Lunatic asylums Burma 1907-21 - 1907-1921
Year: 1907
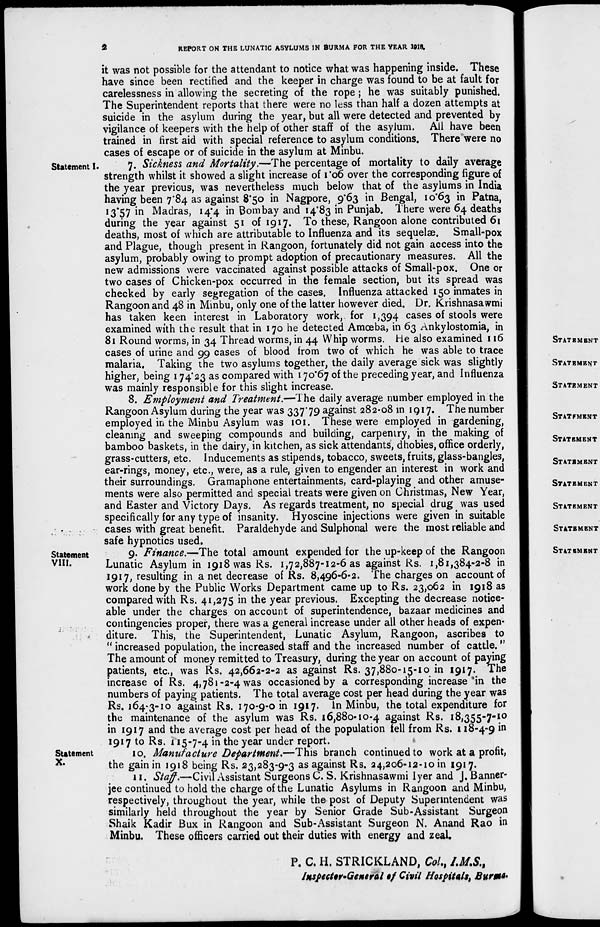
2
REPORT ON THE LUNATIC ASYLUMS IN BURMA FOR THE YEAR 1918.
it was not possible for the attendant to notice what was happening inside. These
have since been rectified and the keeper in charge was found to be at fault for
carelessness in allowing the secreting of the rope ; he was suitably punished.
The Superintendent reports that there were no less than half a dozen attempts at
suicide in the asylum during the year, but all were detected and prevented by
vigilance of keepers with the help of other staff of the asylum. All have been
trained in first aid with special reference to asylum conditions. There were no
cases of escape or of suicide in the asylum at Minbu.
Statement I.
7. Sickness and Mortality.—The percentage of mortality to daily average
strength whilst it showed a slight increase of 1.06 over the corresponding figure of
the year previous, was nevertheless much below that of the asylums in India
having been 7.84 as against 8.50 in Nagpore, 9.63 in Bengal, 10.63 in Patna,
13.57 in Madras, 14.4 in Bombay and 14.83 in Punjab. There were 64 deaths
during the year against 51 of 1917. To these, Rangoon alone contributed 61
deaths, most of which are attributable to Influenza and its sequelæ. Small-pox
and Plague, though present in Rangoon, fortunately did not gain access into the
asylum, probably owing to prompt adoption of precautionary measures. All the
new admissions were vaccinated against possible attacks of Small-pox. One or
two cases of Chicken-pox occurred in the female section, but its spread was
checked by early segregation of the cases. Influenza attacked 150 inmates in
Rangoon and 48 in Minbu, only one of the latter however died. Dr. Krishnasawmi
has taken keen interest in Laboratory work, for 1,394 cases of stools were
examined with the result that in 170 he detected Amœba, in 63 Ankylostomia, in
81 Round worms, in 34 Thread worms, in 44 Whip worms. He also examined 116
cases of urine and 99 cases of blood from two of which he was able to trace
malaria. Taking the two asylums together, the daily average sick was slightly
higher, being 174.23 as compared with 170.67 of the preceding year, and Influenza
was mainly responsible for this slight increase.
8. Employment and Treatment.—The daily average number employed in the
Rangoon Asylum during the year was 337.79 against 282.08 in 1917. The number
employed in the Minbu Asylum was 101. These were employed in gardening,
cleaning and sweeping compounds and building, carpentry, in the making of
bamboo baskets, in the dairy, in kitchen, as sick attendants, dhobies, office orderly,
grass-cutters, etc. Inducements as stipends, tobacco, sweets, fruits, glass-bangles,
ear-rings, money, etc., were, as a rule, given to engender an interest in work and
their surroundings. Gramaphone entertainments, card-playing and other amuse-
ments were also permitted and special treats were given on Christmas, New Year,
and Easter and Victory Days. As regards treatment, no special drug was used
specifically for any type of insanity. Hyoscine injections were given in suitable
cases with great benefit. Paraldehyde and Sulphonal were the most reliable and
safe hypnotics used.
Statement
VIII.
9. Finance.— The total amount expended for the up-keep of the Rangoon
Lunatic Asylum in 1918 was Rs. 1,72,887-12-6 as against Rs. 1,81,384-2-8 in
1917, resulting in a net decrease of Rs. 8,496-6-2. The charges on account of
work done by the Public Works Department came up to Rs. 23,062 in 1918 as
compared with Rs. 41,275 in the year previous. Excepting the decrease notice-
able under the charges on account of superintendence, bazaar medicines and
contingencies proper, there was a general increase under all other heads of expen-
diture. This, the Superintendent, Lunatic Asylum, Rangoon, ascribes to
"increased population, the increased staff and the increased number of cattle."
The amount of money remitted to Treasury, during the year on account of paying
patients, etc., was Rs. 42,662-2-2 as against Rs. 37,880-15-10 in 1917. The
increase of Rs. 4,781-2-4 was occasioned by a corresponding increase in the
numbers of paying patients. The total average cost per head during the year was
Rs. 164-3-10 against Rs. 170-9-0 in 1917. In Minbu, the total expenditure for
the maintenance of the asylum was Rs. 16,880-10-4 against Rs. 18,355-7-10
in 1917 and the average cost per head of the population fell from Rs. 118-4-9 in
1917 to Rs. 115-7-4 in the year under report.
Statement
X.
10. Manufacture Department.—This branch continued to work at a profit,
the gain in 1918 being Rs. 23,283-9-3 as against Rs. 24,206-12-10 in 1917.
11. Staff.—Civil Assistant Surgeons C. S. Krishnasawmi Iyer and J, Banner-
jee continued to hold the charge of the Lunatic Asylums in Rangoon and Minbu,
respectively, throughout the year, while the post of Deputy Superintendent was
similarly held throughout the year by Senior Grade Sub-Assistant Surgeon
Shaik Kadir Bux in Rangoon and Sub-Assistant Surgeon N. Anand Rao in
Minbu. These officers carried out their duties with energy and zeal.
P. C. H. STRICKLAND, Col., I.M.S.,
Inspector-General of Civil Hospitals, Burma.